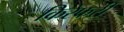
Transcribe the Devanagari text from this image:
किरेफरी